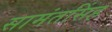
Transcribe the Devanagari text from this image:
सामंतसिंह